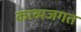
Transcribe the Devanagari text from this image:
काव्यजगत